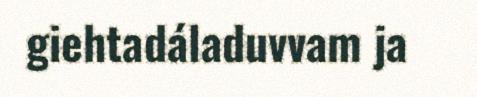
giehtadáladuvvam ja